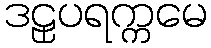
ဒဠှပရက္ကမေ